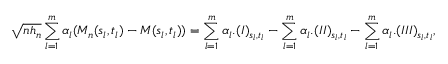
\sqrt { n h _ { n } } \sum _ { l = 1 } ^ { m } \alpha _ { l } ( M _ { n } ( s _ { l } , t _ { l } ) - M ( s _ { l } , t _ { l } ) ) = \sum _ { l = 1 } ^ { m } \alpha _ { l } . ( I ) _ { s _ { l } , t _ { l } } - \sum _ { l = 1 } ^ { m } \alpha _ { l } . ( I I ) _ { s _ { l } , t _ { l } } - \sum _ { l = 1 } ^ { m } \alpha _ { l } . ( I I I ) _ { s _ { l } , t _ { l } } ,